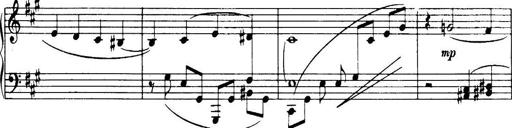
Title: 3 Sonatinas, Op.67
Composer: Jean Sibelius